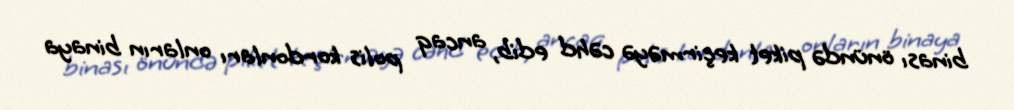
binası önündə piket keçirməyə cəhd edib, ancaq polis kordonları onların binaya